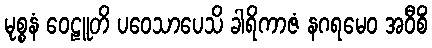
မုစ္စနံ ဝေဠူတိ ပဝေသာပေသိ ခါရိကာဇံ နဂရမေဝ အဝီစိံ